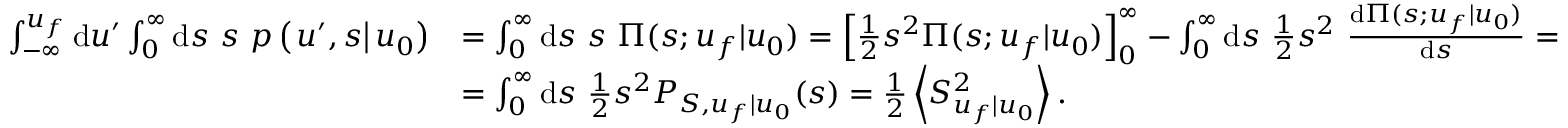
\begin{array} { r l } { \int _ { - \infty } ^ { u _ { f } } \mathrm { d } u ^ { \prime } \int _ { 0 } ^ { \infty } \mathrm { d } s \ s \ p \left( \left. u ^ { \prime } , s \right| u _ { 0 } \right) } & { = \int _ { 0 } ^ { \infty } \mathrm { d } s \ s \ \Pi ( s ; u _ { f } | u _ { 0 } ) = \left[ \frac { 1 } { 2 } s ^ { 2 } \Pi ( s ; u _ { f } | u _ { 0 } ) \right] _ { 0 } ^ { \infty } - \int _ { 0 } ^ { \infty } \mathrm { d } s \ \frac { 1 } { 2 } s ^ { 2 } \ \frac { \mathrm { d } \Pi ( s ; u _ { f } | u _ { 0 } ) } { \mathrm { d } s } = } \\ & { = \int _ { 0 } ^ { \infty } \mathrm { d } s \ \frac { 1 } { 2 } s ^ { 2 } P _ { S , u _ { f } | u _ { 0 } } ( s ) = \frac { 1 } { 2 } \left\langle S _ { u _ { f } | u _ { 0 } } ^ { 2 } \right\rangle . } \end{array}